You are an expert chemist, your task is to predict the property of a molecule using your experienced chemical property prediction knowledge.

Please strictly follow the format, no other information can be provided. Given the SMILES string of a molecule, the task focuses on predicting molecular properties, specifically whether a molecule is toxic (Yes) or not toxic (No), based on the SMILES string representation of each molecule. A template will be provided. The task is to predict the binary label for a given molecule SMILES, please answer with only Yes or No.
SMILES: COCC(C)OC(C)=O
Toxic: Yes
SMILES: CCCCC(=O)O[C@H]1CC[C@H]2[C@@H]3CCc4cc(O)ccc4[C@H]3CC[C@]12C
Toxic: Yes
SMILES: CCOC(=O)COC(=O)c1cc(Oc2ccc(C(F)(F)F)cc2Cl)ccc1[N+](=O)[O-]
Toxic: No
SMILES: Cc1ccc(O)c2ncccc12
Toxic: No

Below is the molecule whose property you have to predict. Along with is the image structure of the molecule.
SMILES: O=[N+]([O-])c1cc(C(F)(F)F)c(Cl)c([N+](=O)[O-])c1Nc1ncc(C(F)(F)F)cc1Cl
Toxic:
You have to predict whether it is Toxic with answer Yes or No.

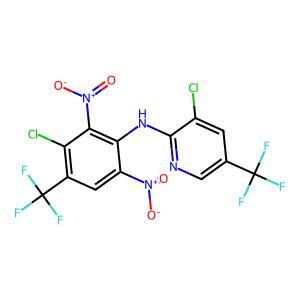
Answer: No